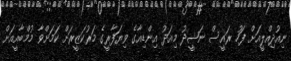
ނިއުދިއްލީއަށް ފަހު ރައީސް ނަޝީދު މިއަދު އިންޑިއާގެ ވިޔަފާރީގެ މަރުކަޒީރަށް ކަމަށްވާ މުމްބާއީއަށް